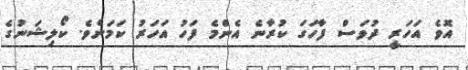
އޮވެ އަހަރީ ދުވަސް ފާހަގަ ކުރާނެ އެންމެ ފަހު އަހަރު ކަމަށެވެ. ކޯލިޝަނުގެ